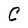
Character: C